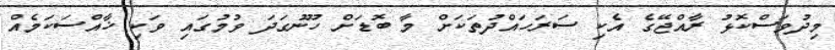
މިދުވަސްކޮޅު ރާއްޖޭގެ އެކި ސަރަހައްދުތަކަށް މާ ބޮޑަށް ހޫނުގަދަ ވުމުގައި ވަކި ޚާއްސަކަމެއް